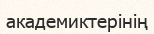
академиктерінің